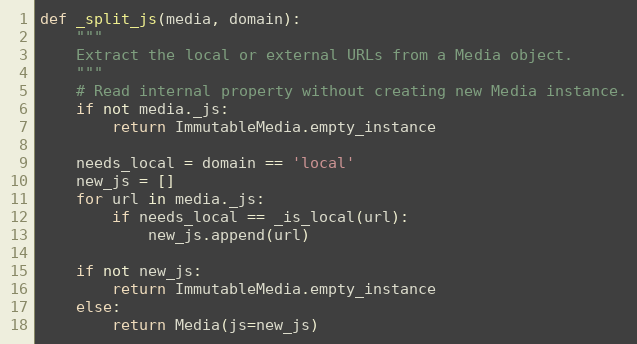
Language: Python
def _split_js(media, domain):
    """
    Extract the local or external URLs from a Media object.
    """
    # Read internal property without creating new Media instance.
    if not media._js:
        return ImmutableMedia.empty_instance

    needs_local = domain == 'local'
    new_js = []
    for url in media._js:
        if needs_local == _is_local(url):
            new_js.append(url)

    if not new_js:
        return ImmutableMedia.empty_instance
    else:
        return Media(js=new_js)